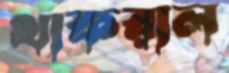
থাকরাল